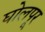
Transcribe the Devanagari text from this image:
घोलपूर